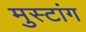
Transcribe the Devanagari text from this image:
मुस्टांग